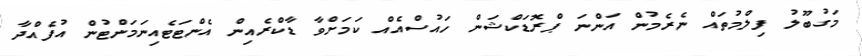
މަގުބޫލު ފިލްމުތައް ނެރެމުން އަންނަ ޕްރޮޑަކްޝަން ހައުސްއެއް ކަމަށްވާ ޑާކްރެއިން އެންޓަޓެއިނަމަންޓުން އުފެއްދާ